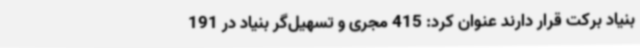
بنیاد برکت قرار دارند عنوان کرد: 415 مجری و تسهیل‌گر بنیاد در 191